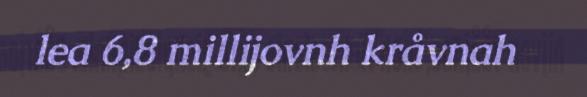
lea 6,8 millijovnh kråvnah